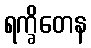
ရက္ခိတေန